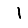
Digit: 1